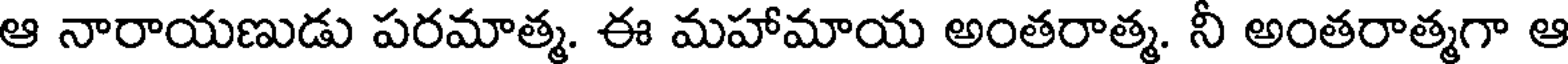
ఆ నారాయణుడు పరమాత్మ. ఈ మహామాయ అంతరాత్మ. నీ అంతరాత్మగా ఆ